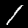
Label: 1